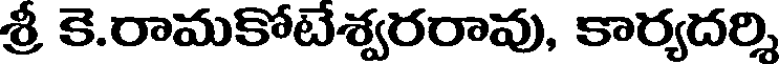
శ్రీ కె.రామకోటేశ్వరరావు, కార్యదర్శి